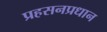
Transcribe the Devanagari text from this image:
प्रहसनप्रधान